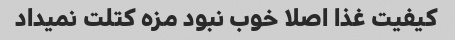
کیفیت غذا اصلا خوب نبود مزه کتلت نمیداد